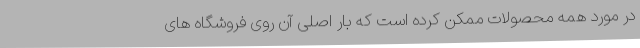
در مورد همه محصولات ممکن کرده است که بار اصلی آن روی فروشگاه های